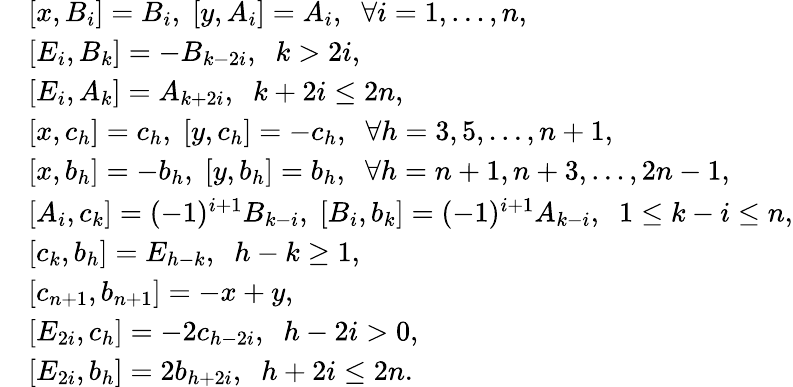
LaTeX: \begin{array}{rl}&{[x,B_{i}]=B_{i},\; [y,A_{i}]=A_{i},\; \; \forall i=1,\ldots,n,}\\ &{[E_{i},B_{k}]=-B_{k-2i},\; \; k>2i,}\\ &{[E_{i},A_{k}]=A_{k+2i},\; \; k+2i\leq 2n,}\\ &{[x,c_{h}]=c_{h},\; [y,c_{h}]=-c_{h},\; \; \forall h=3,5,\ldots,n+1,}\\ &{[x,b_{h}]=-b_{h},\; [y,b_{h}]=b_{h},\; \; \forall h=n+1,n+3,\ldots,2n-1,}\\ &{[A_{i},c_{k}]=(-1)^{i+1}B_{k-i},\; [B_{i},b_{k}]=(-1)^{i+1}A_{k-i},\; \; 1\leq k-i\leq n,}\\ &{[c_{k},b_{h}]=E_{h-k},\; \; h-k\geq 1,}\\ &{[c_{n+1},b_{n+1}]=-x+y,}\\ &{[E_{2i},c_{h}]=-2c_{h-2i},\; \; h-2i>0,}\\ &{[E_{2i},b_{h}]=2b_{h+2i},\; \; h+2i\leq 2n.}\end{array}